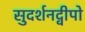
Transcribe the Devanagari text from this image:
सुदर्शनद्वीपो